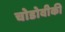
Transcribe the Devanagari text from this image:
चोडोवीकी